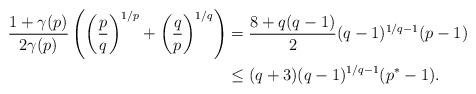
LaTeX: \begin{align*}\frac{1+\gamma(p)}{2\gamma(p)}\left(\bigg(\frac pq\bigg)^{1/p}+\bigg(\frac qp\bigg)^{1/q}\right)&=\frac{8+q(q-1)}{2}(q-1)^{1/q-1}(p-1)\\&\le (q+3) (q-1)^{1/q-1}(p^*-1).\end{align*}